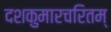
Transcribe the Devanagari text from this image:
दशकुमारचरितम्